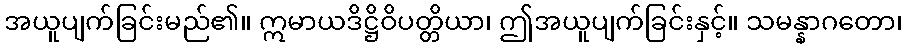
အယူပျက်ခြင်းမည်၏။ ဣမာယဒိဋ္ဌိဝိပတ္တိယာ၊ ဤအယူပျက်ခြင်းနှင့်။ သမန္နာဂတော၊